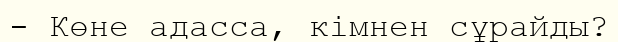
- Көне адасса, кімнен сұрайды?